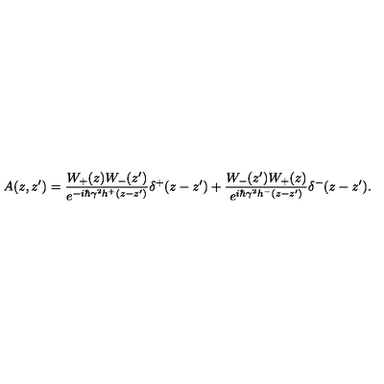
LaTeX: A ( z , z ^ { \prime } ) = \frac { W _ { + } ( z ) W _ { - } ( z ^ { \prime } ) } { e ^ { - i \hbar \gamma ^ { 2 } h ^ { + } ( z - z ^ { \prime } ) } } \delta ^ { + } ( z - z ^ { \prime } ) + \frac { W _ { - } ( z ^ { \prime } ) W _ { + } ( z ) } { e ^ { i \hbar \gamma ^ { 2 } h ^ { - } ( z - z ^ { \prime } ) } } \delta ^ { - } ( z - z ^ { \prime } ) .